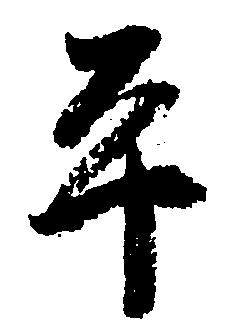
平